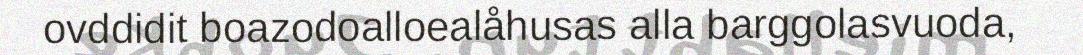
ovddidit boazodoalloealåhusas alla barggolasvuoda,